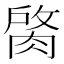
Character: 𦜑